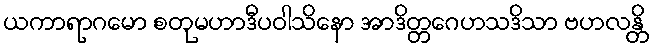
ယကာရာဂမော စတုမဟာဒီပဝါသိနော အာဒိတ္တဂေဟသဒိသာ ဗဟလန္တိ